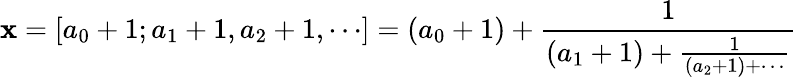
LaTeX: \mathbf{x}=[a_{0}+1;a_{1}+1,a_{2}+1,\cdots]=(a_{0}+1)+{\frac{{1}}{{(a_{1}+1)+{\frac{{1}}{{(a_{2}+1)+\cdots}}}}}}